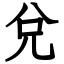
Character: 兌